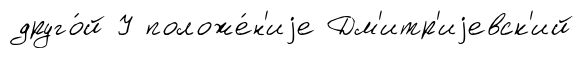
друго́й У положе́н'иjе Дм'итр'иjевск'ий